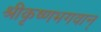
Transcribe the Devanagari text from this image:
श्रीकृष्णभगवान्